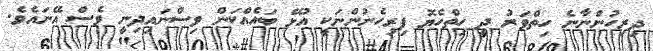
ދިރިހުންނާނެ ހިތްވަރު ދީ ހިތްހެޔޮ ފިރިހެނުންނަކީ އުޅޭ ބައެއްކަން ވިސްނައިދިނީ ވެސް އޭނައެވެ.